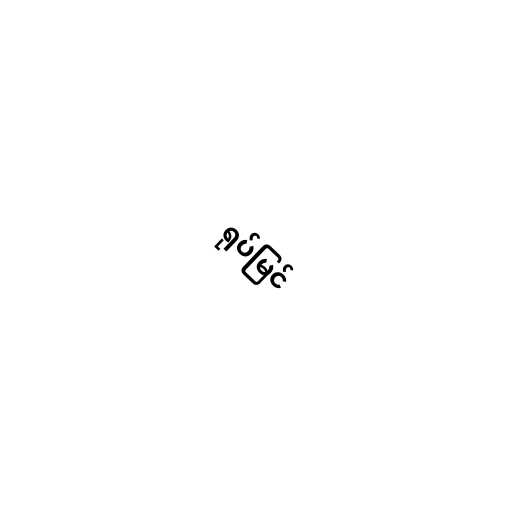
ရုပ်မြင်